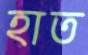
হাত